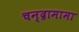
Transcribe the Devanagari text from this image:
चन्द्रामामा